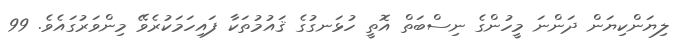
ލިޔަންކިޔަން ދަންނަ މީހުންގެ ނިސްބަތް އޮތީ ހުޅަނގުގެ ޤައުމުތަކާ ފައިހަމަކުރެވޭ މިންވަރުގައެވެ. 99